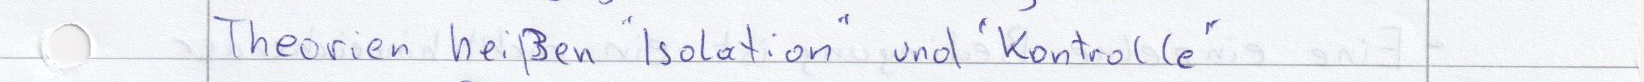
Theorien heißen "Isolation" und "Kontrolle"